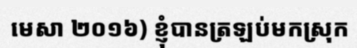
មេសា ២០១៦) ខ្ញុំបានត្រឡប់មកស្រុក